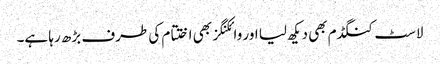
لاسٹ کنگڈم بھی دیکھ لیا اور وائکنگز بھی اختتام کی طرف بڑھ رہا ہے۔